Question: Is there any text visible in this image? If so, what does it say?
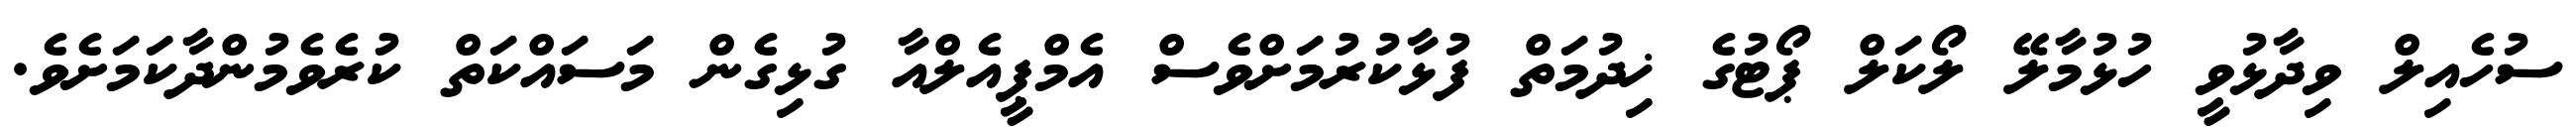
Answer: ސުހެއިލް ވިދާޅުވީ ހުޅުމާލޭ ލޯކަލް ޕޯޓުގެ ޚިދުމަތް ފުޅާކުރުމަށްވެސް އެމްޕީއެލްއާ ގުޅިގެން މަސައްކަތް ކުރެވެމުންދާކަމަށެވެ.